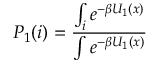
P _ { 1 } ( i ) = \frac { \int _ { i } e ^ { - \beta U _ { 1 } ( x ) } } { \int e ^ { - \beta U _ { 1 } ( x ) } }